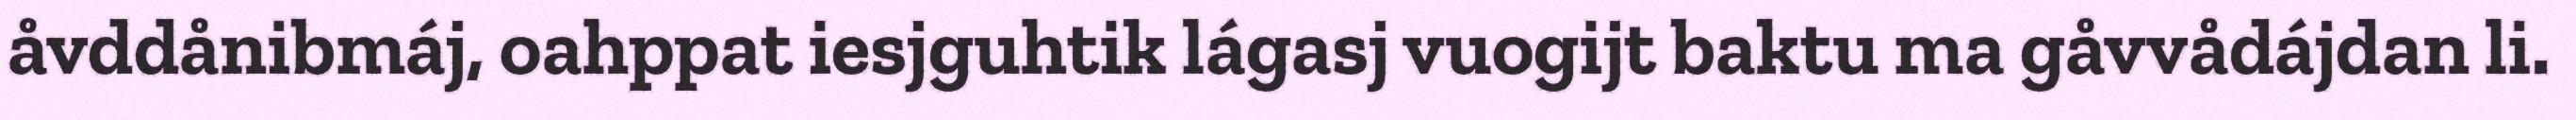
åvddånibmáj, oahppat iesjguhtik lágasj vuogijt baktu ma gåvvådájdan li.